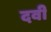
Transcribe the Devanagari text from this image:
दवी